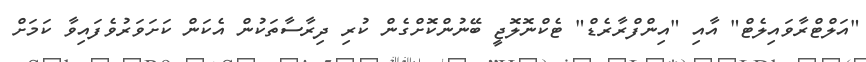
"އަލްޓްރާވައިލެޓް" އާއި "އިންފްރާރެޑް" ޓެކްނޮލޮޖީ ބޭނުންކޮށްގެން ކުރި ދިރާސާތަކުން އެކަން ކަށަވަރުވެފައިވާ ކަމަށް